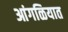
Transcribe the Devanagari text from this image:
आंगळियात